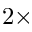
2 \times